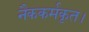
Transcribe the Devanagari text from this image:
नैककर्मकृत।